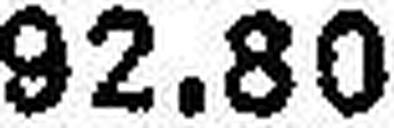
92.80